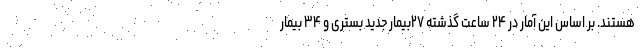
هستند. بر اساس این آمار در ۲۴ ساعت گذشته ۲۷بیمار جدید بستری و ۳۴ بیمار